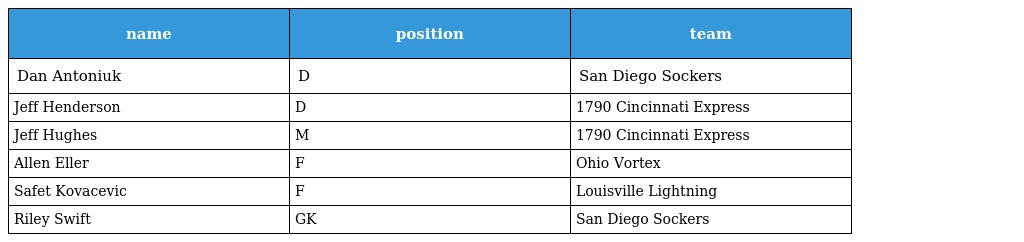
| name | position | team |
 | --- | --- | --- |
 | Dan Antoniuk | D | San Diego Sockers |
 | Jeff Henderson | D | 1790 Cincinnati Express |
 | Jeff Hughes | M | 1790 Cincinnati Express |
 | Allen Eller | F | Ohio Vortex |
 | Safet Kovacevic | F | Louisville Lightning |
 | Riley Swift | GK | San Diego Sockers |